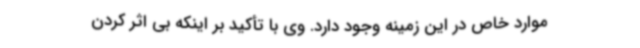
موارد خاص در این زمینه وجود دارد. وی با تأکید بر اینکه بی اثر کردن